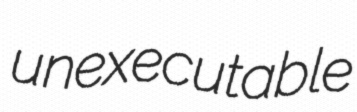
unexecutable